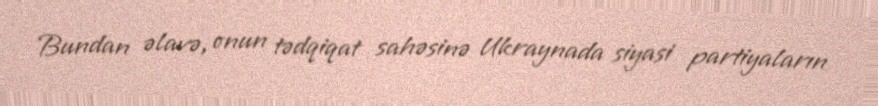
Bundan əlavə, onun tədqiqat sahəsinə Ukraynada siyasi partiyaların